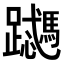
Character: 𬧜